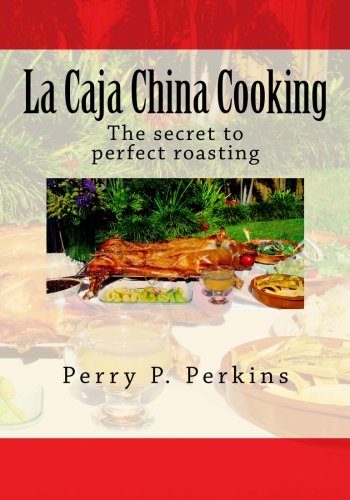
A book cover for La Caja China Cooking: The secret to perfect roasting; Perry P Perkins; Cookbooks, Food & Wine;